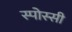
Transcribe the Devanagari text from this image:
स्पोस्सी